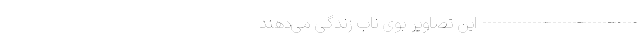
------------------------------- این تصاویر بوی نابِ زندگی می‌دهند